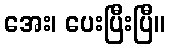
အေး၊ ပေးပြီးပြီ။